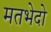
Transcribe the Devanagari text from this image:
मतभेदो